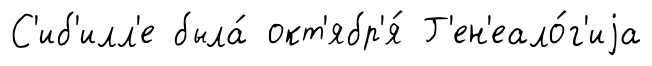
С'иб'илл'е была́ окт'ябр'я́ Г'ен'еало́г'иjа